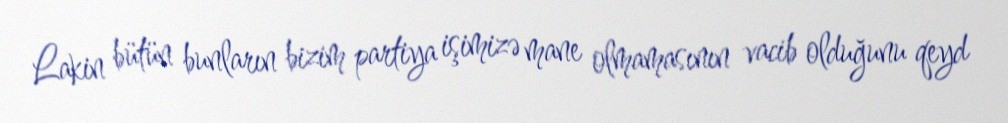
Lakin bütün bunların bizim partiya işimizə mane olmamasının vacib olduğunu qeyd